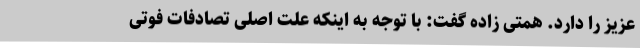
عزیز را دارد. همتی زاده گفت: با توجه به اینکه علت اصلی تصادفات فوتی